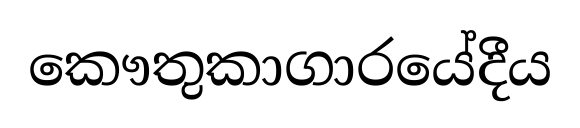
කෞතුකාගාරයේදීය